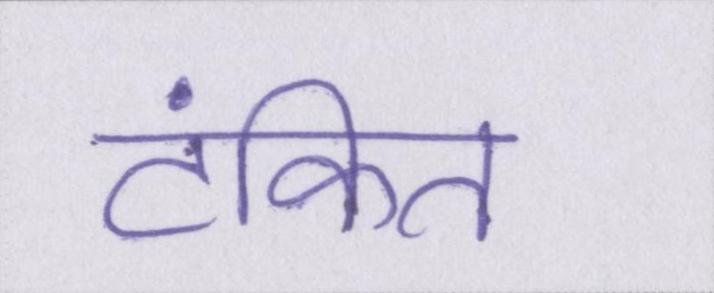
टंकित